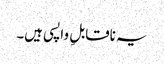
یہ ناقابلِ واپسی ہیں۔